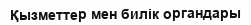
Қызметтер мен билік органдары